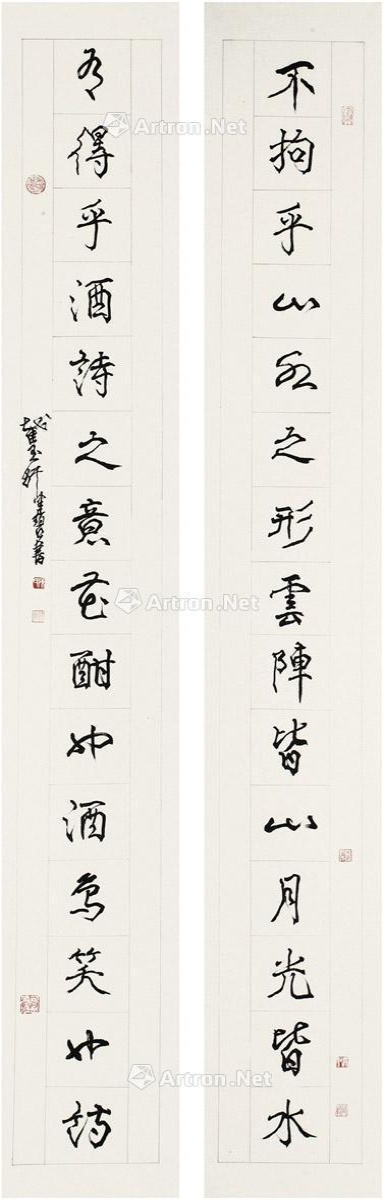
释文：不拘乎山外之形，云阵皆山，月光皆水；有得乎酒诗之意，花酣也酒，鸟笑也诗。截玉轩健碧书。